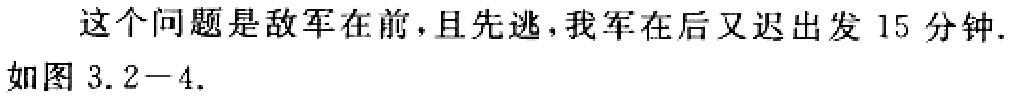
这个问题是敌军在前，且先逃，我军在后又迟出发 15 分钟.如图 3.2－4.